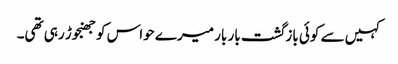
کہیں سے کوئی بازگشت بار بار میرے حواس کو جھنجوڑ رہی تھی۔